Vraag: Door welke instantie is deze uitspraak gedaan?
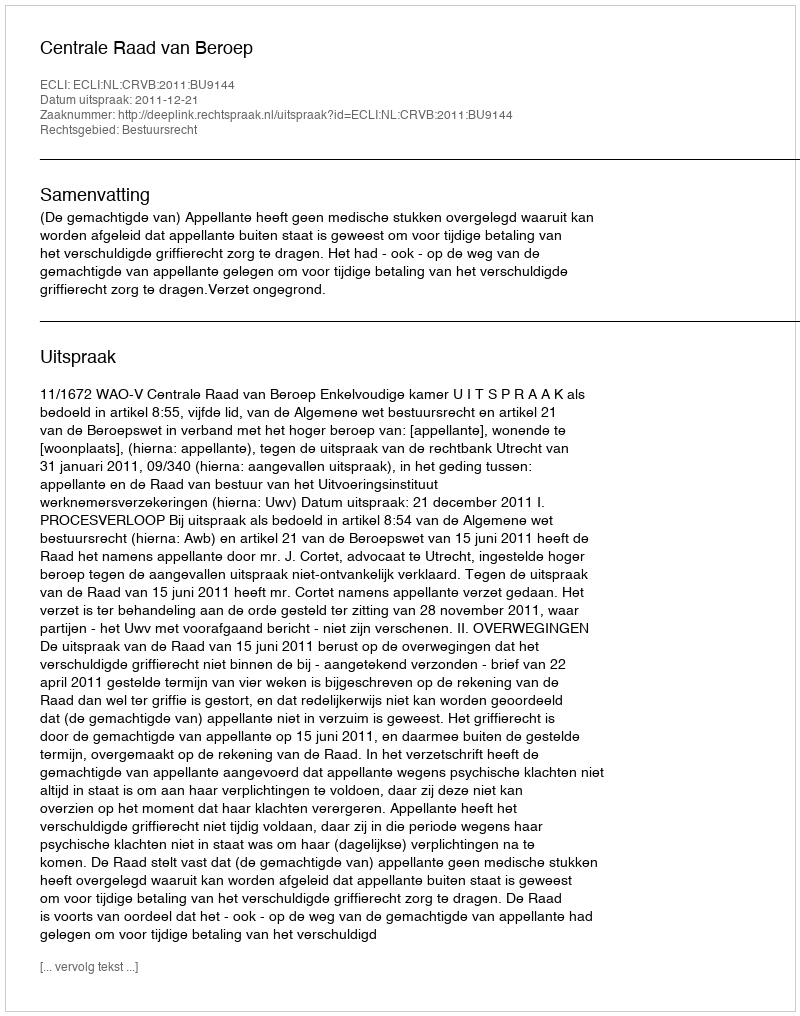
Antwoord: Centrale Raad van Beroep